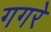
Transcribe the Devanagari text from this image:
गगरे